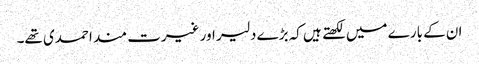
ان کے بارے میں لکھتے ہیں کہ بڑے دلیر اور غیرت مند احمدی تھے۔